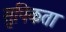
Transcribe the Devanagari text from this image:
सुपिकता